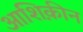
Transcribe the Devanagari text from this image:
आशिक़ीन